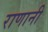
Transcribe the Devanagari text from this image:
राणानी